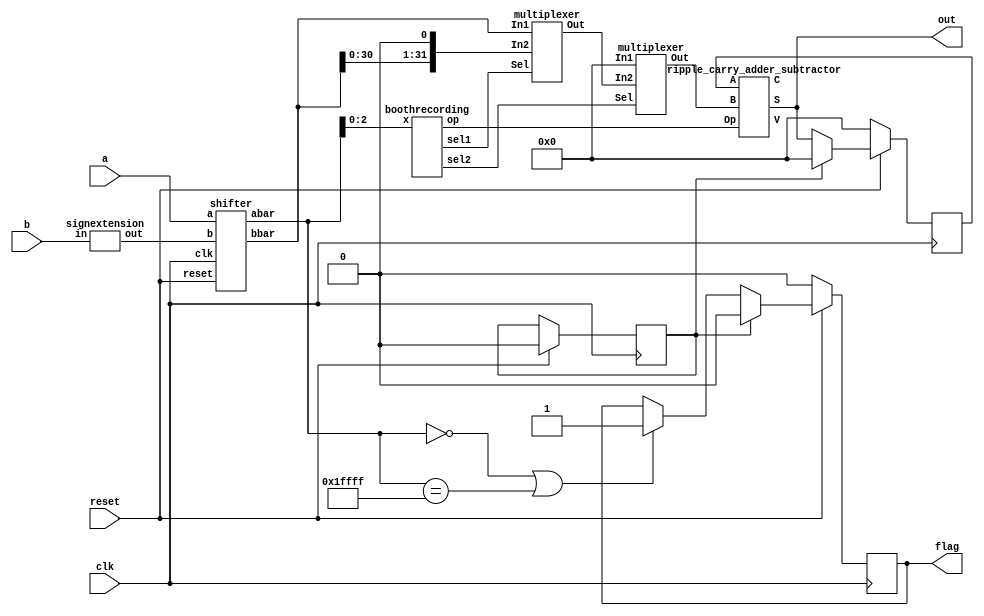


module booth_radix4 (a,b,clk,reset,out,flag);
parameter N=16;
input [N-1:0] a;
input [N-1:0] b;
output [2*N-1:0] out;
output reg flag=0;; 
input clk,reset;
wire [N:0] abar;
wire [2*N-1:0] bbar;
wire [2*N-1:0] mux_out1;
wire [2*N-1:0] mux_out2;
wire [2*N-1:0] extend;
wire sel1,sel2,op;
wire carry,overflow;
reg [2*N-1:0] temp=1'd0;
reg temp1=1;

signextension signextend(b,extend);
shifter boothshifter(a,extend,clk,reset,abar,bbar);
multiplexer mux1(bbar,(bbar<<1),mux_out1,sel1);
multiplexer mux2(32'b0,mux_out1,mux_out2,sel2);
boothrecording boothrecord(abar[2:0],sel1,sel2,op);
ripple_carry_adder_subtractor rcas(out,carry,overflow,temp,mux_out2,op);

always @(posedge clk)
begin
	if (reset==0)
	begin
		temp=1'd0;
		flag<=0;
	end
	else if (temp1==1)
	begin
		temp=1'd0;
		flag<=0;
		temp1=0;
	end
	else
	begin
		temp=out;
		if ((abar==17'b00000000000000000)||(abar==17'b11111111111111111))
			flag <=1;
	end 
end


endmodule




module ripple_carry_adder_subtractor(S, C, V, A, B, Op);
   parameter N=16;
   output [(2*N-1):0] S;
   output 	C;
   output 	V;
   input [(2*N-1):0] A;
   input [(2*N-1):0] B;
   input 	Op;  // The operation: 0 => Add, 1=>Subtract.
   genvar i;

   wire [(2*N):0] temp_c;
   wire [(2*N-1):0] temp_xor;
   wire [(2*N-1):0] temp_op;

   assign temp_c[0]=Op;
   assign temp_op={{(2*N-1){Op}},Op};
   assign temp_xor=B^temp_op;
   assign C=temp_c[(2*N)]^Op;
   assign V=temp_c[(2*N)]^temp_c[(2*N-1)];
 
   generate
		for(i = 0; i <= (2*N-1); i = i + 1)
		begin
			full_adder u_full_adder_inst (S[i], temp_c[i+1], A[i], temp_xor[i], temp_c[i]);
		end
   endgenerate

endmodule


module full_adder(S, Cout, A, B, Cin);
   output S;
   output Cout;
   input  A;
   input  B;
   input  Cin;

   assign S=A^B^Cin;
   assign Cout= (A & B) | ((A | B) & Cin);

endmodule

module multiplexer (In1,In2,Out,Sel);
	parameter N=16;
	input [2*N-1:0] In1;
	input [2*N-1:0] In2;
	input Sel;
	output [2*N-1:0] Out;
	assign Out=Sel?In2:In1;
endmodule

module boothrecording(x,sel1,sel2,op);
input [2:0] x;
output reg sel1,sel2,op;

always@(x) begin
	if ((x==3'b001) || (x==3'b010)) begin
		sel1<=1'b0;
		sel2<=1'b1;
		op<=1'b0;
	end
	else if (x==3'b011) begin
		sel1<=1'b1;
		sel2<=1'b1;
		op<=1'b0;
	end
	else if (x==3'b100) begin
		sel1<=1'b1;
		sel2<=1'b1;
		op<=1'b1;
	end
	else if ((x==3'b101) || (x==3'b110)) begin
		sel1<=1'b0;
		sel2<=1'b1;
		op<=1'b1;
	end
	else begin
		sel1<=1'b0;
		sel2<=1'b0;
		op<=1'b0;
	end
end
endmodule

module shifter (a,b,clk,reset,abar,bbar);
parameter N=16;
input [N-1:0] a;
input [2*N-1:0] b;
input clk,reset;
output reg signed [N:0] abar;
output reg signed [2*N-1:0] bbar;
reg temp1=1;

always@(posedge clk)
begin
	if (reset==0)
	begin
		abar=a<<1'd1;
		bbar=b;
	end	
	else if (temp1==1)
	begin 
		abar=a<<1'd1;
		bbar=b;
		temp1=0;
	end
	else
	begin
		abar=abar>>>2;
		bbar=bbar<<2;
	end
end

endmodule

module signextension (in,out);
parameter N=16;
input [N-1:0] in;
output [2*N-1:0] out;
assign out = {{(N){in[N-1]}},in};
endmodule